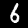
Label: 6